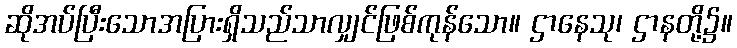
ဆိုအပ်ပြီးသောအပြားရှိသည်သာလျှင်ဖြစ်ကုန်သော။ ဌာနေသု၊ ဌာနတို့၌။